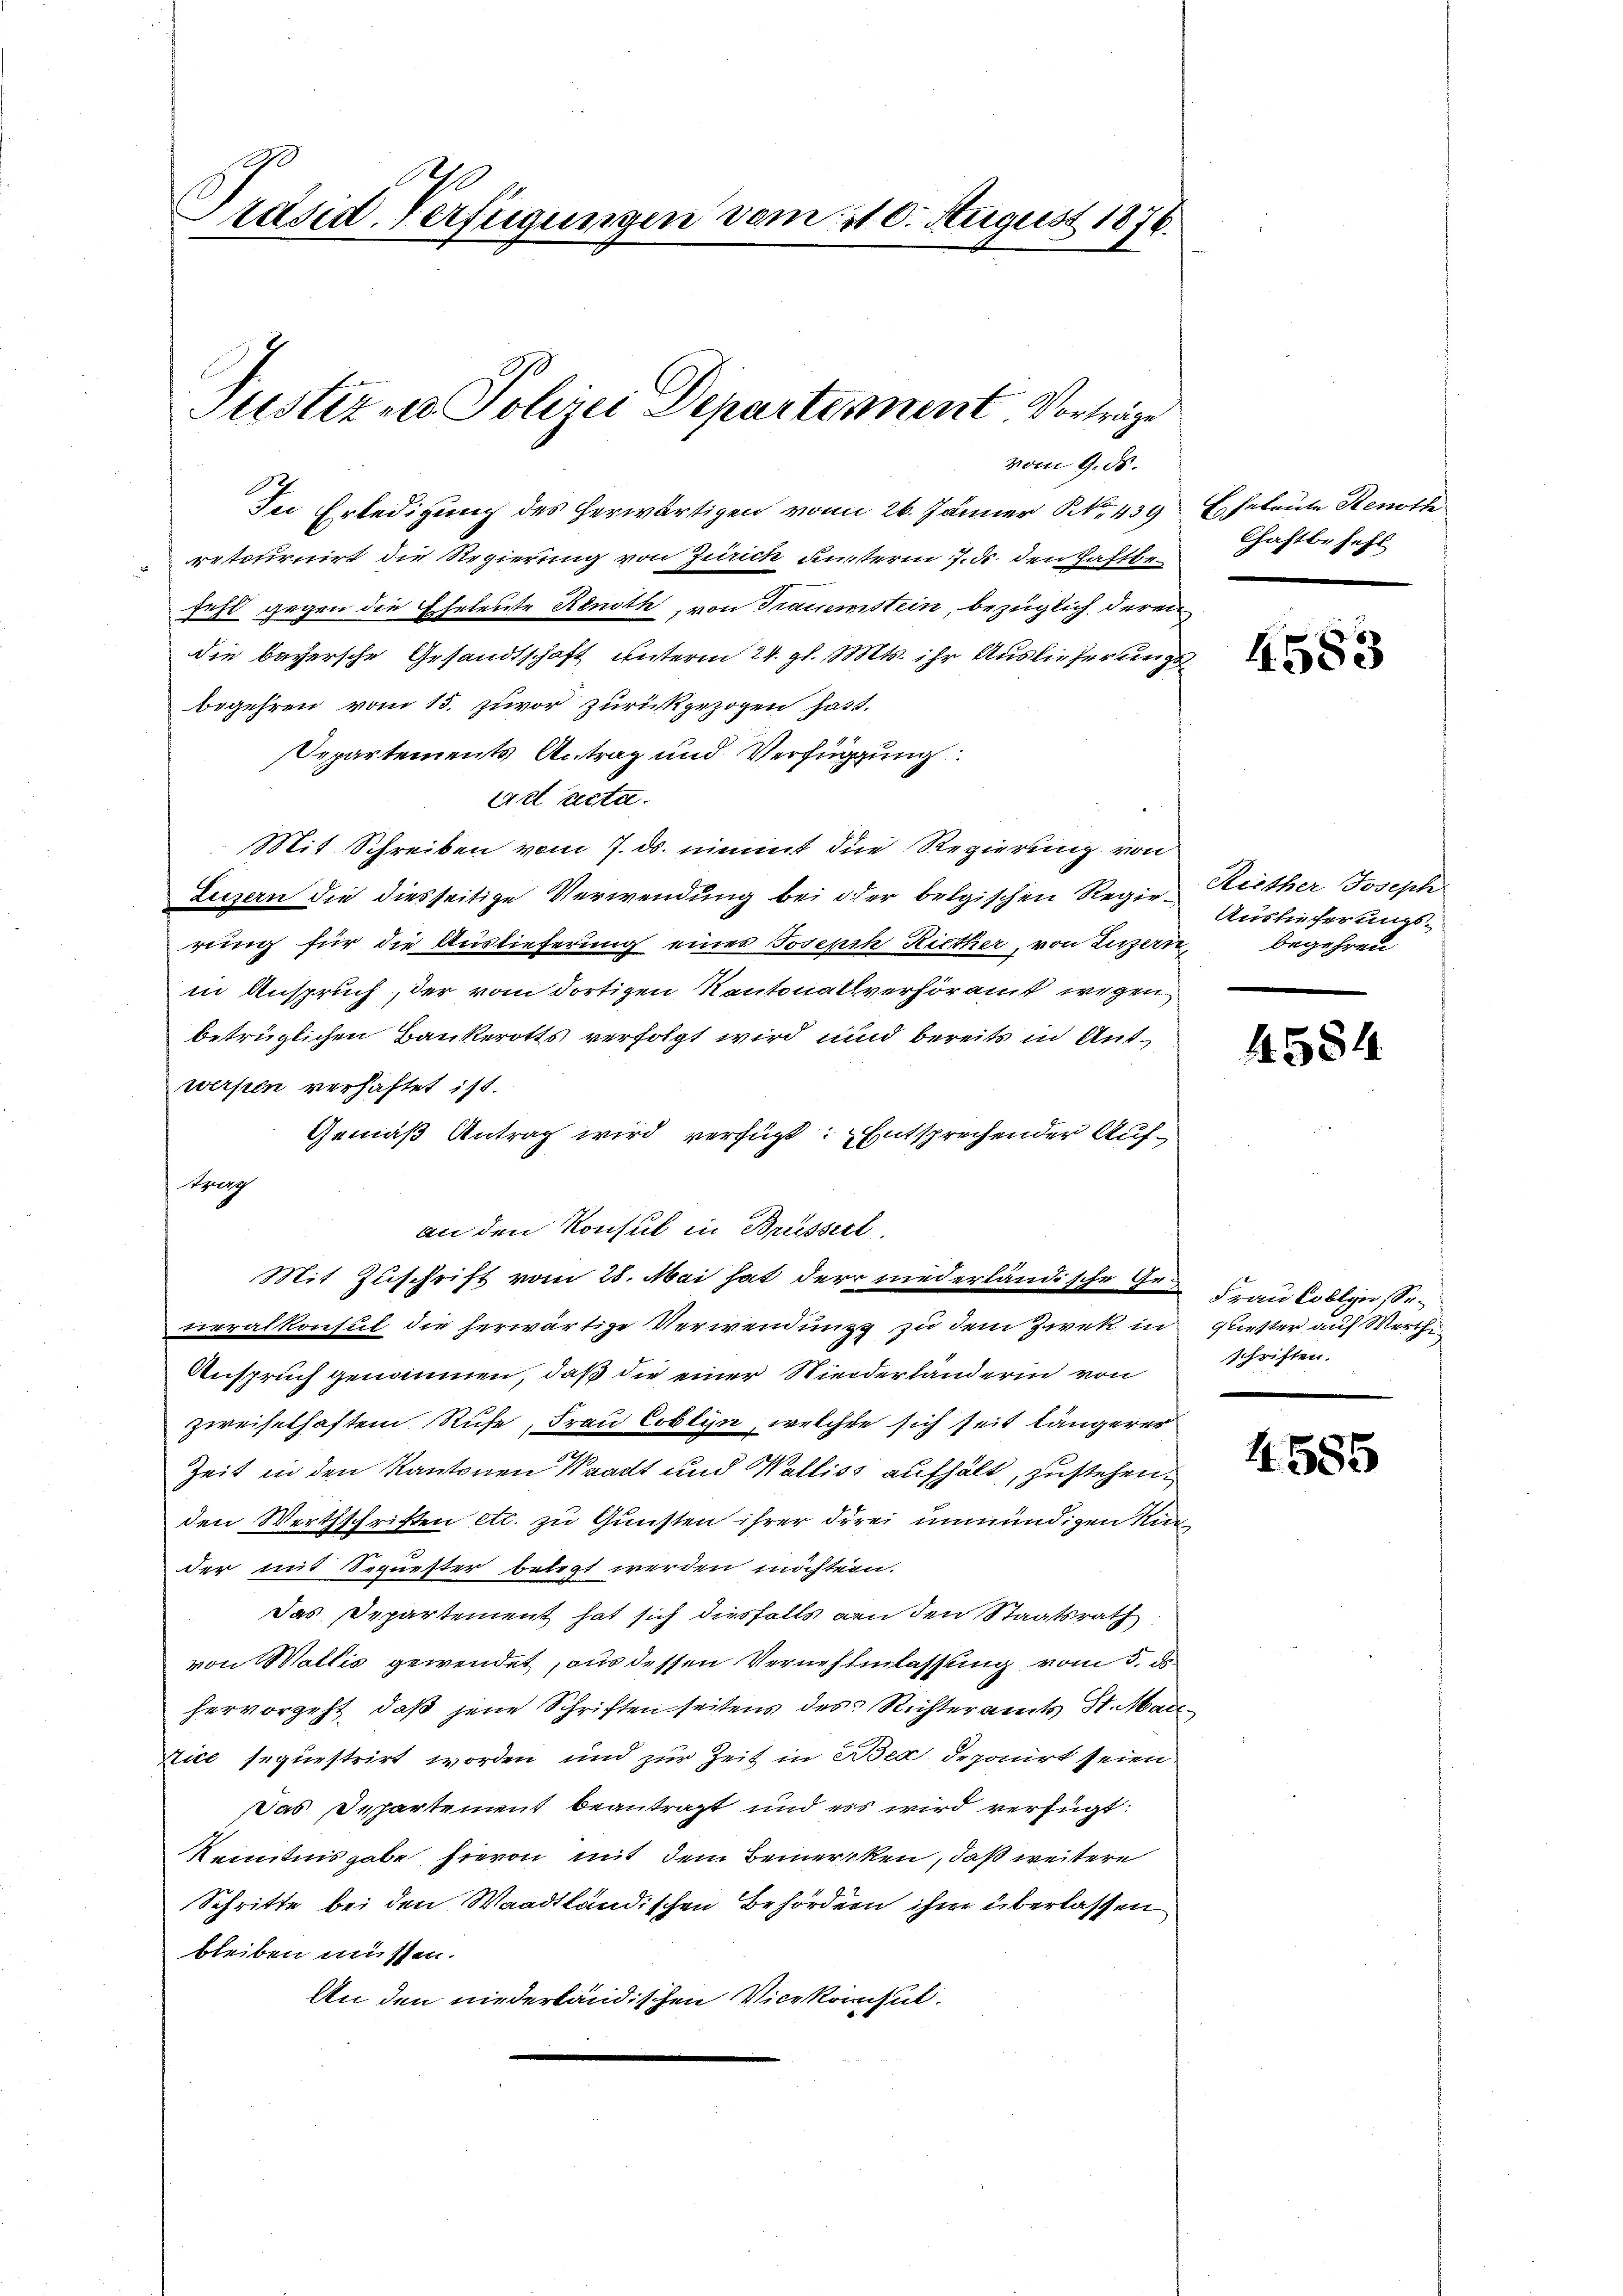
Präsid. Verfügungen vom 20. August 1876.

In Erledigung des herwärtigen vom 26. Jänner N. 439 Eheleute Renoth
retournirt die Regierung von Zürich unterm 7. ds. den Haftbefehl gegen die Eheleute Renoth, von Trauemstein, bezüglich deren
die bayersche Gesandtschaft unterm 24. gl. Mts. ihr Auslieferungs
begehren vom 15. zuvor zurückgezogen hatt.
Departements Antrag und Verfügung
Act acta.
Mit Schreiben vom 7. ds. nimmt die Regierung von
Luzern die diesseitige Verwendung bei der belgischen Regie- Reither Joseph
rung für die Auslieferung einer Joseph Riether, von Luzern, begehren
in Anspruch, der vom dortigen Kantonallverhöramt wegen
betrüglichen Bankerotts verfolgt wird und bereits in Antwerfen verhaftet ist.
Gemäß Antrag wird verfügt: Entsprechender Auftrag
an den Konsul in Brüsserl.
Mit Zuschrift vom 28. Mai hat der niederländische Ge¬ Frau Collin, Seneralkonsul die herwärtige Verwendung zu dem Zwek in quester auf Werthi
Anspruch genommen, daß die einer Niederlanderin von
zweifelhaftem Rufe, Frau Coblyn, welcher sich seit längerer
Zeit in den Kantonen Waadt und Walliss aufhält, zustehen.
den Werthschriften etc. zu Gunsten ihrer drei unmündigen Kin
der mit Sequester belegt werden möchtern.
Das Departement hat sich diesfalls an den Staatsrath
von Wallis gewendet, aus dessen Vernehmlassung vom 5. ds.
hervorgeht, daß jene Schriften seitens des Richteramts St. Mai
Nice sequestrirt worden und zur Zeit in Bea deponirt seien
Das Departement beantragt und es wird verfügt:
Kenntnisgabe hievon mit dem Bemercken, daß weitere
Schritte bei den Waadtländischen Behördern ihrer überlassen
bleiben müssen.
An den niederländischen Vicekonsul

Puster zu Polizei Departement. Vorträge
vom 9. ds.

Chaftbefehl

4583

Auslieferungs¬

4584

schriften.

4585